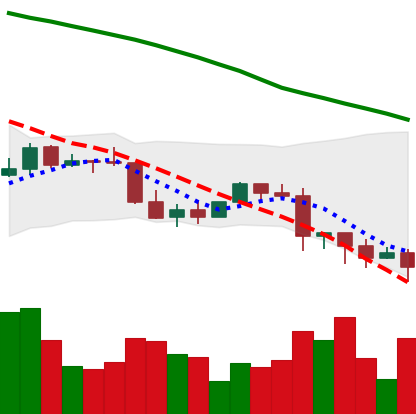
Ticker: EOS-USD
Chart end date: 2022-01-10
Forward return: 7.836%
Label: up_7plus